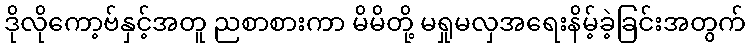
ဒိုလိုကော့ဗ်နှင့်အတူ ညစာစားကာ မိမိတို့ မရှုမလှအရေးနိမ့်ခဲ့ခြင်းအတွက်